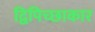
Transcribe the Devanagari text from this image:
द्विपिच्छाकार